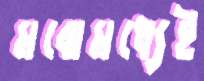
মঝেমধ্যেই